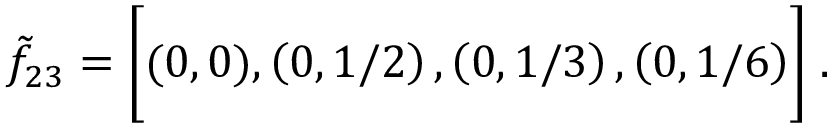
\tilde { f } _ { 2 3 } = \biggl [ ( 0 , 0 ) , \left( 0 , 1 / 2 \right) , \left( 0 , 1 / 3 \right) , \left( 0 , 1 / 6 \right) \biggr ] \; .